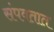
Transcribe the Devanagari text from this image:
संपवतात